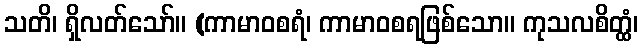
သတိ၊ ရှိလတ်သော်။ (ကာမာဝစရံ၊ ကာမာဝစရဖြစ်သော။ ကုသလစိတ္ထံ၊